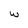
Character: w